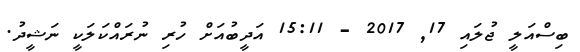
ބިސްއަލީ ޖުލައި 17